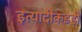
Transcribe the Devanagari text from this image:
इत्यादींकडेही